画像に写った文字を読んでください
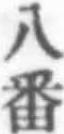
「八番」と書いてあります